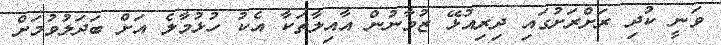
ވަނީ ކުދި ރަށްރަށުގައި ދިރިއުޅޭ ޒުވާނުން އާއިލާތަކާ އެކު ހުޅުމާލެ އަށް ބަދަލުވުމަށް